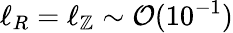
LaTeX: \ell_{R}=\ell_{\mathbb{Z}}\sim\mathcal{{O}}(10^{-1})